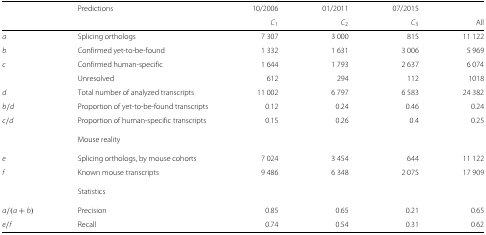
<table><thead><tr><td></td><td><b>Predictions</b></td><td><b>10/2006</b></td><td><b>01/2011</b></td><td><b>07/2015</b></td><td></td></tr><tr><td></td><td></td><td><b><i>C</i><sub>1</sub></b></td><td><b><i>C</i><sub>2</sub></b></td><td><b><i>C</i><sub>3</sub></b></td><td><b>All</b></td></tr></thead><tbody><tr><td><i>a</i></td><td>Splicing orthologs</td><td>7 307</td><td>3 000</td><td>815</td><td>11 122</td></tr><tr><td><i>b</i></td><td>Confirmed yet-to-be-found</td><td>1 332</td><td>1 631</td><td>3 006</td><td>5 969</td></tr><tr><td><i>c</i></td><td>Confirmed human-specific</td><td>1 644</td><td>1 793</td><td>2 637</td><td>6 074</td></tr><tr><td></td><td>Unresolved</td><td>612</td><td>294</td><td>112</td><td>1018</td></tr><tr><td><i>d</i></td><td>Total number of analyzed transcripts</td><td>11 002</td><td>6 797</td><td>6 583</td><td>24 382</td></tr><tr><td><i>b</i>/<i>d</i></td><td>Proportion of yet-to-be-found transcripts</td><td>0.12</td><td>0.24</td><td>0.46</td><td>0.24</td></tr><tr><td><i>c</i>/<i>d</i></td><td>Proportion of human-specific transcripts</td><td>0.15</td><td>0.26</td><td>0.4</td><td>0.25</td></tr><tr><td></td><td>Mouse reality</td><td></td><td></td><td></td><td></td></tr><tr><td><i>e</i></td><td>Splicing orthologs, by mouse cohorts</td><td>7 024</td><td>3 454</td><td>644</td><td>11 122</td></tr><tr><td><i>f</i></td><td>Known mouse transcripts</td><td>9 486</td><td>6 348</td><td>2 075</td><td>17 909</td></tr><tr><td></td><td>Statistics</td><td></td><td></td><td></td><td></td></tr><tr><td><i>a</i>/(<i>a</i>+<i>b</i>)</td><td>Precision</td><td>0.85</td><td>0.65</td><td>0.21</td><td>0.65</td></tr><tr><td><i>e</i>/<i>f</i></td><td>Recall</td><td>0.74</td><td>0.54</td><td>0.31</td><td>0.62</td></tr></tbody></table>